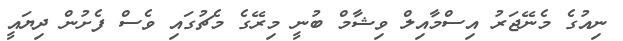
ނިއުގެ މެނޭޖަރު އިސްމާއިލް ވިޝާމް ބުނީ މިރޭގެ މެޗުގައި ވެސް ފެށުން ދިޔައީ